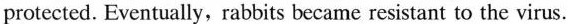
protected. Eventually, rabbits became resistant to the virus.